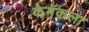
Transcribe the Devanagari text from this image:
केमॅकला